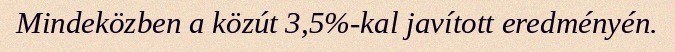
Mindeközben a közút 3,5%-kal javított eredményén.